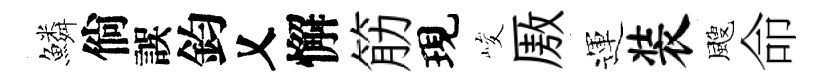
鱗倘誤鈞乂懈筋現峻厫運装颼命